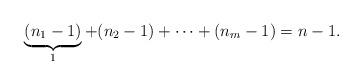
LaTeX: \begin{align*} \underbrace{(n_1-1)}_{1}+(n_2-1)+\cdots+(n_m-1)=n-1.\,\end{align*}